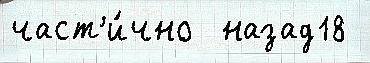
част'и́чно  назад18